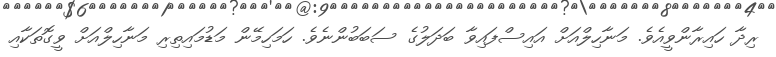
ރިދާ ހައިރާންވީއެވެ. މަނާހިލްއަށް އައިސްފައިވާ ބަދަލުގެ ސަބަބުންނެވެ. ހަމަހިމޭން މަޑުމައިތިރި މަނާހިލްއަށް ވީގޮތަކާއި